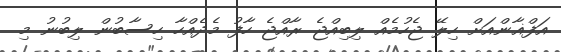
އަފްޣާންއަށް ހިލޭ ޖެހުމެއް ލިބިއްޖެ ރާއްޖެ ހާފު މެދެއްހާ ހިސާބުން ލިބުނު މި